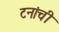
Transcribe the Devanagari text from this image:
टनांची